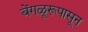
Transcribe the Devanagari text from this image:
बेंगळूरूपासून